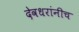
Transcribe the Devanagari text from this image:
देवधरांनीच